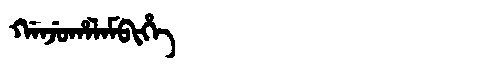
Manchu: ᡤᠠᠨᠵᡠᡥᠠᠯᠠᠮᠪᡳᡥᡝ
Romanization: GANJUHALAMBIHE